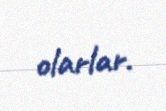
olarlar.